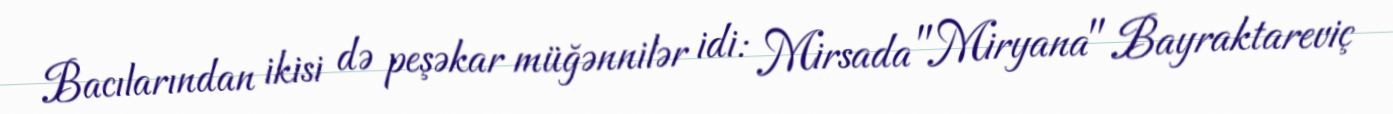
Bacılarından ikisi də peşəkar müğənnilər idi: Mirsada "Miryana" Bayraktareviç